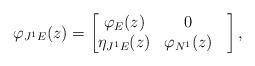
LaTeX: \begin{align*}\varphi_{J^{1}E}(z)=\begin{bmatrix} \varphi_{E}(z) & 0 \\ \eta_{J^{1}E}(z) & \varphi_{N^{1}}(z) & \end{bmatrix},\end{align*}